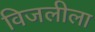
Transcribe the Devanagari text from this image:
विजलीला